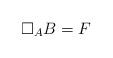
LaTeX: \begin{align*}\Box_A B = F\end{align*}